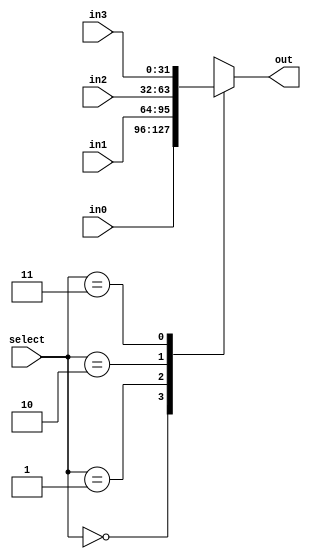
`timescale 1ns / 1ps
//////////////////////////////////////////////////////////////////////////////////
// Company: 
// Engineer: 
// 
// Design Name: 
// Module Name: mux_41
// Project Name: 
// Target Devices: 
// Tool Versions: 
// Description: 
// 
// Dependencies: 
// 
// Revision:
// Revision 0.01 - File Created
// Additional Comments:
// 
//////////////////////////////////////////////////////////////////////////////////



module mux_41(
    input [31:0] in0,
    input [31:0] in1,
    input [31:0] in2,
    input [31:0] in3,
    output reg [31:0] out, 
    input [1:0]select
    
);
   always@(select or in0 or in1 or in2 or in3)
    begin
     case(select)
     2'b00:begin   
     out <= in0;
     end

    2'b01:begin   
    out <= in1;
    end

    2'b10:begin   
    out <= in2;
    end

    2'b11:begin   
    out <= in3;
    end


    endcase
    end
 
endmodule